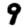
Digit: 9